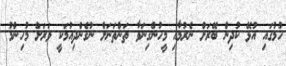
ހުމުގައި އުޅޭ ކުދިން ބޭރަށް ނެރުމާއި މީހުންގިނަވާ ތަންތަނަށް ނުގެންދިއުމަކީ ވަރަށް މުހިންމު